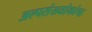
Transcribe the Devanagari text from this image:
अल्पसंख्यांकांचा